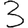
Digit: 3